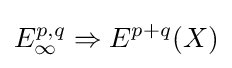
E_{\infty }^{p,q}\Rightarrow E^{p+q}(X)